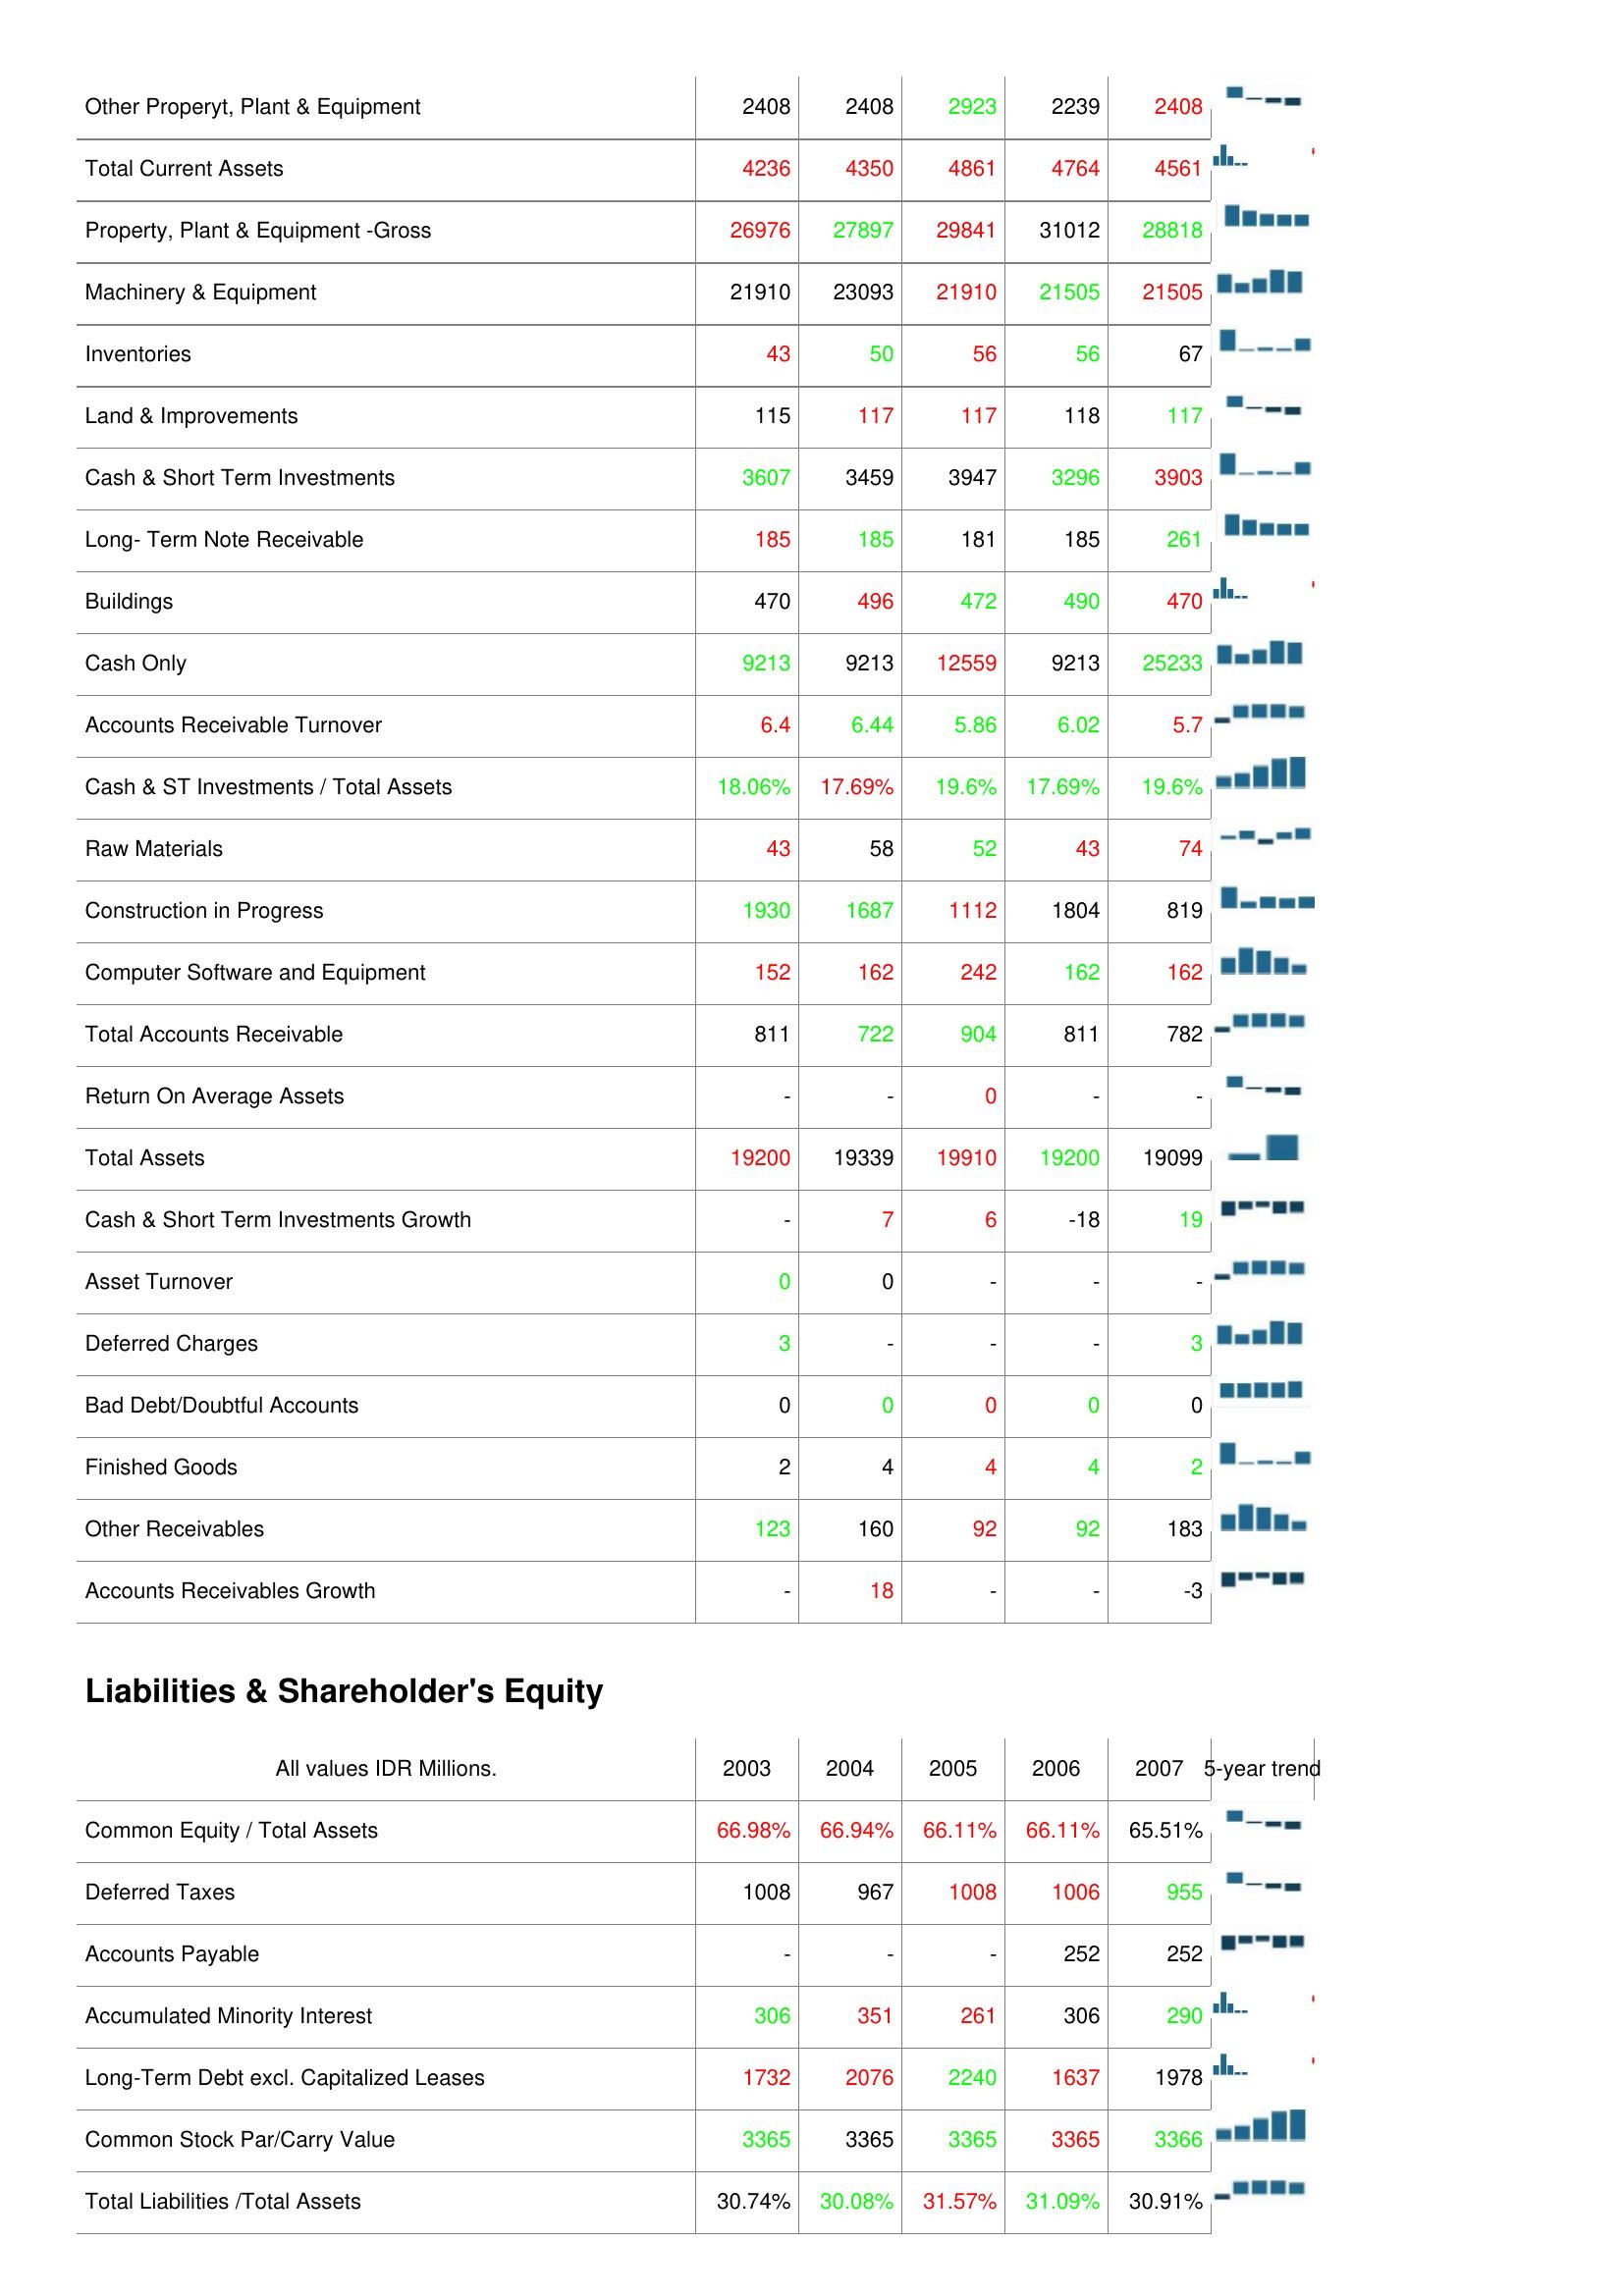
2003: Assets: Other Properyt, Plant & Equipment: 2408
Total Current Assets: 4236
Property, Plant & Equipment -Gross: 26976
Machinery & Equipment: 21910
Inventories: 43
Land & Improvements: 115
Cash & Short Term Investments: 3607
Long- Term Note Receivable: 185
Buildings: 470
Cash Only: 9213
Accounts Receivable Turnover: 6.4
Cash & ST Investments / Total Assets: 18.06%
Raw Materials: 43
Construction in Progress: 1930
Computer Software and Equipment: 152
Total Accounts Receivable: 811
Return On Average Assets: -
Total Assets: 19200
Cash & Short Term Investments Growth: -
Asset Turnover: 0
Deferred Charges: 3
Bad Debt/Doubtful Accounts: 0
Finished Goods: 2
Other Receivables: 123
Accounts Receivables Growth: -
Liabilities & Shareholder's Equity: Common Equity / Total Assets: 66.98%
Deferred Taxes: 1008
Accounts Payable: -
Accumulated Minority Interest: 306
Long-Term Debt excl. Capitalized Leases: 1732
Common Stock Par/Carry Value: 3365
Total Liabilities /Total Assets: 30.74%
2004: Assets: Other Properyt, Plant & Equipment: 2408
Total Current Assets: 4350
Property, Plant & Equipment -Gross: 27897
Machinery & Equipment: 23093
Inventories: 50
Land & Improvements: 117
Cash & Short Term Investments: 3459
Long- Term Note Receivable: 185
Buildings: 496
Cash Only: 9213
Accounts Receivable Turnover: 6.44
Cash & ST Investments / Total Assets: 17.69%
Raw Materials: 58
Construction in Progress: 1687
Computer Software and Equipment: 162
Total Accounts Receivable: 722
Return On Average Assets: -
Total Assets: 19339
Cash & Short Term Investments Growth: 7
Asset Turnover: 0
Deferred Charges: -
Bad Debt/Doubtful Accounts: 0
Finished Goods: 4
Other Receivables: 160
Accounts Receivables Growth: 18
Liabilities & Shareholder's Equity: Common Equity / Total Assets: 66.94%
Deferred Taxes: 967
Accounts Payable: -
Accumulated Minority Interest: 351
Long-Term Debt excl. Capitalized Leases: 2076
Common Stock Par/Carry Value: 3365
Total Liabilities /Total Assets: 30.08%
2005: Assets: Other Properyt, Plant & Equipment: 2923
Total Current Assets: 4861
Property, Plant & Equipment -Gross: 29841
Machinery & Equipment: 21910
Inventories: 56
Land & Improvements: 117
Cash & Short Term Investments: 3947
Long- Term Note Receivable: 181
Buildings: 472
Cash Only: 12559
Accounts Receivable Turnover: 5.86
Cash & ST Investments / Total Assets: 19.6%
Raw Materials: 52
Construction in Progress: 1112
Computer Software and Equipment: 242
Total Accounts Receivable: 904
Return On Average Assets: 0
Total Assets: 19910
Cash & Short Term Investments Growth: 6
Asset Turnover: -
Deferred Charges: -
Bad Debt/Doubtful Accounts: 0
Finished Goods: 4
Other Receivables: 92
Accounts Receivables Growth: -
Liabilities & Shareholder's Equity: Common Equity / Total Assets: 66.11%
Deferred Taxes: 1008
Accounts Payable: -
Accumulated Minority Interest: 261
Long-Term Debt excl. Capitalized Leases: 2240
Common Stock Par/Carry Value: 3365
Total Liabilities /Total Assets: 31.57%
2006: Assets: Other Properyt, Plant & Equipment: 2239
Total Current Assets: 4764
Property, Plant & Equipment -Gross: 31012
Machinery & Equipment: 21505
Inventories: 56
Land & Improvements: 118
Cash & Short Term Investments: 3296
Long- Term Note Receivable: 185
Buildings: 490
Cash Only: 9213
Accounts Receivable Turnover: 6.02
Cash & ST Investments / Total Assets: 17.69%
Raw Materials: 43
Construction in Progress: 1804
Computer Software and Equipment: 162
Total Accounts Receivable: 811
Return On Average Assets: -
Total Assets: 19200
Cash & Short Term Investments Growth: -18
Asset Turnover: -
Deferred Charges: -
Bad Debt/Doubtful Accounts: 0
Finished Goods: 4
Other Receivables: 92
Accounts Receivables Growth: -
Liabilities & Shareholder's Equity: Common Equity / Total Assets: 66.11%
Deferred Taxes: 1006
Accounts Payable: 252
Accumulated Minority Interest: 306
Long-Term Debt excl. Capitalized Leases: 1637
Common Stock Par/Carry Value: 3365
Total Liabilities /Total Assets: 31.09%
2007: Assets: Other Properyt, Plant & Equipment: 2408
Total Current Assets: 4561
Property, Plant & Equipment -Gross: 28818
Machinery & Equipment: 21505
Inventories: 67
Land & Improvements: 117
Cash & Short Term Investments: 3903
Long- Term Note Receivable: 261
Buildings: 470
Cash Only: 25233
Accounts Receivable Turnover: 5.7
Cash & ST Investments / Total Assets: 19.6%
Raw Materials: 74
Construction in Progress: 819
Computer Software and Equipment: 162
Total Accounts Receivable: 782
Return On Average Assets: -
Total Assets: 19099
Cash & Short Term Investments Growth: 19
Asset Turnover: -
Deferred Charges: 3
Bad Debt/Doubtful Accounts: 0
Finished Goods: 2
Other Receivables: 183
Accounts Receivables Growth: -3
Liabilities & Shareholder's Equity: Common Equity / Total Assets: 65.51%
Deferred Taxes: 955
Accounts Payable: 252
Accumulated Minority Interest: 290
Long-Term Debt excl. Capitalized Leases: 1978
Common Stock Par/Carry Value: 3366
Total Liabilities /Total Assets: 30.91%